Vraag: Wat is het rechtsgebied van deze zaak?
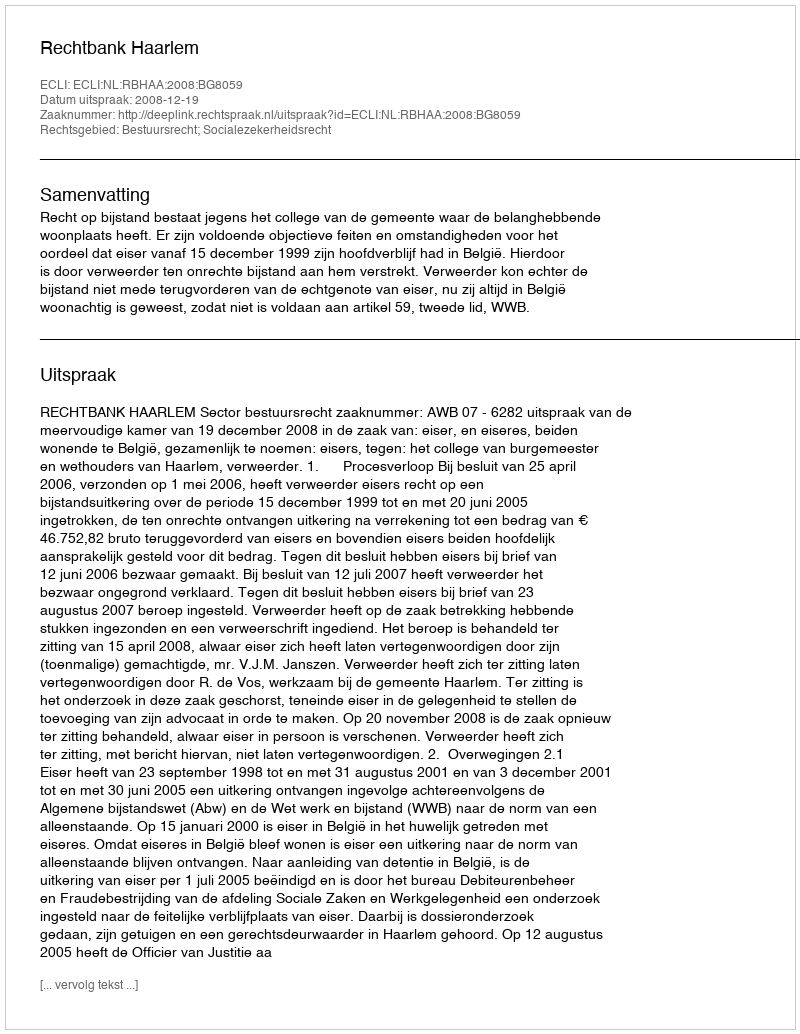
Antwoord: Bestuursrecht; Socialezekerheidsrecht